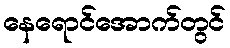
နေရောင်အောက်တွင်